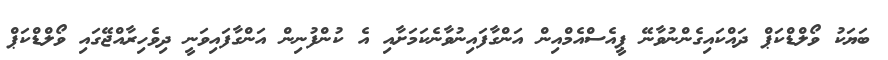
ބަޔަކު ވޯލްޑްކަޕް ދައްކައިގެންނުވާނޭ ޕީއެސްއެމްއިން އަންގާފައިނުވާނެކަމަށާއި އެ ކުންފުނިން އަންގާފައިވަނީ ދިވެހިރާއްޖޭގައި ވޯލްޑްކަޕް